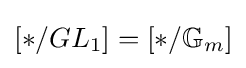
[*/GL_{1}]=[*/\mathbb {G} _{m}]